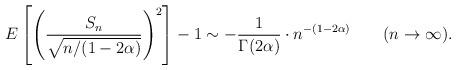
LaTeX: \begin{align*} E\left[\left(\dfrac{S_n}{\sqrt{n/(1-2\alpha)}}\right)^2\right] - 1 \sim -\dfrac{1}{\Gamma(2\alpha)} \cdot n^{-(1-2\alpha)}\qquad(n\to \infty). \end{align*}